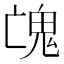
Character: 𩲉